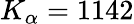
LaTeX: K_{\alpha}=1142